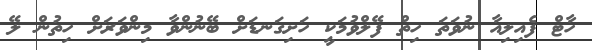
ހާޓް ފެއިލިއާ ނުވަތަ ހިތް ފޭލްވުމަކީ ހަށިގަނޑަށް ބޭނުންވާ މިންވަރަށް ހިތުން ލޭ